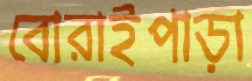
বোরাইপাড়া